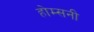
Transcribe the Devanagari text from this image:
होम्सनी